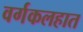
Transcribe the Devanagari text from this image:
वर्गकलहात